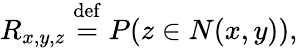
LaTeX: R_{x,y,z}\stackrel{\mathrm{def}}{=}P(z\in N(x,y)),